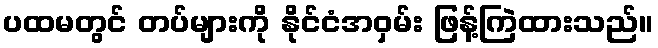
ပထမတွင် တပ်များကို နိုင်ငံအဝှမ်း ဖြန့်ကြဲထားသည်။